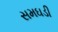
સમઘડી